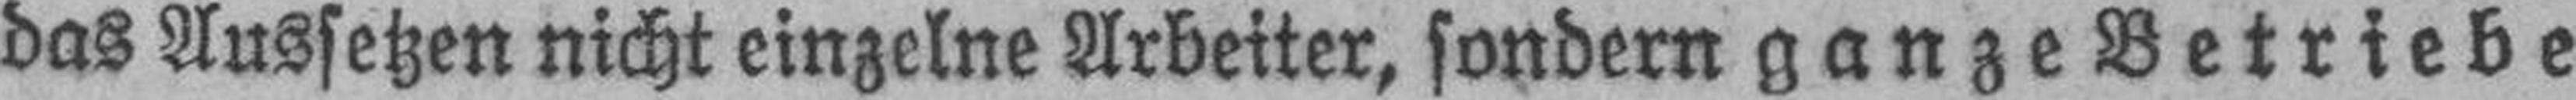
das Aussetzen nicht einzelne Arbeiter, sondern ganze Betriebe